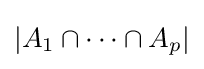
|A_{1}\cap \cdots \cap A_{p}|